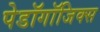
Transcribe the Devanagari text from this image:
पेडॉगॉजिक्स